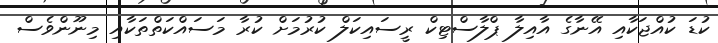
ކުޑަ ކުއްޖަކާއި އޭނާގެ އާއިލާ ޕްލާސްޓިކް ރީސައިކަލް ކުރުމަށް ކުރާ މަސައްކަތްތަކާއި މިނޫންވެސް